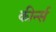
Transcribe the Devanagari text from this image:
कीर्न्स